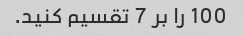
100 را بر 7 تقسیم کنید.